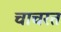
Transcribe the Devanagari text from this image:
चाचरत